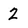
Character: 2